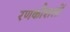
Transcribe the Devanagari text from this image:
रणकौशलों